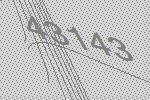
43143